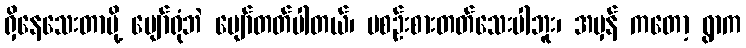
ရှိနေသေးတာမို့ ပျော်ရုံဘဲ ပျော်တတ်ပါတယ်၊ မစဉ်းစားတတ်သေးပါဘူး၊ အမှန် ကတော့ ရွာက